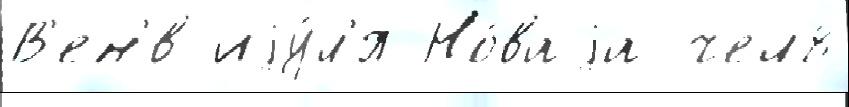
В'ен'́в иjу́л'я Но́ваjа чел8